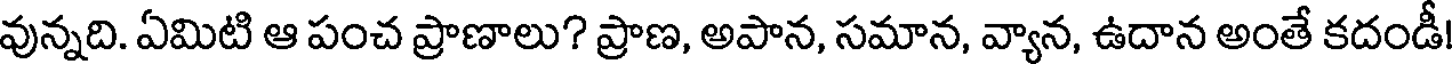
వున్నది. ఏమిటి ఆ పంచ ప్రాణాలు? ప్రాణ, అపాన, సమాన, వ్యాన, ఉదాన అంతే కదండీ